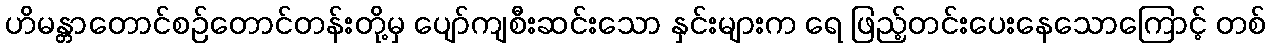
ဟိမန္တာတောင်စဉ်တောင်တန်းတို့မှ ပျော်ကျစီးဆင်းသော နှင်းများက ရေ ဖြည့်တင်းပေးနေသောကြောင့် တစ်